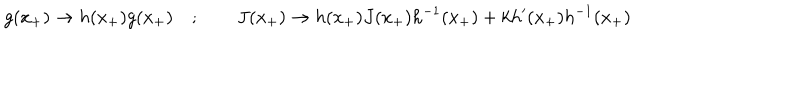
g ( x _ { + } ) \to h ( x _ { + } ) g ( x _ { + } ) \quad ; \qquad J ( x _ { + } ) \to h ( x _ { + } ) J ( x _ { + } ) h ^ { - 1 } ( x _ { + } ) + k h ^ { \prime } ( x _ { + } ) h ^ { - 1 } ( x _ { + } )